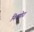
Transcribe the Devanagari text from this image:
निलमोरा